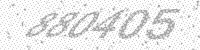
Solution: 880405